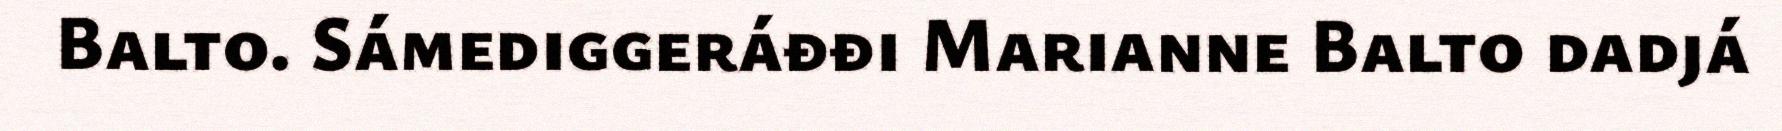
Balto. Sámediggeráđđi Marianne Balto dadjá